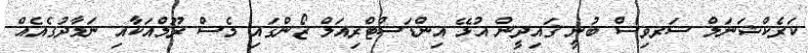
ކަރެކްޝަނަލް ސަރވިސް ބުނީ ޤައިދީން އުޅޭ އިންޑަސްޓްރިއަލް ޒޯންގައި މެސް ރޫމްއަކާއި ނަމާދުގެއެއް